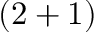
( 2 + 1 )